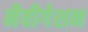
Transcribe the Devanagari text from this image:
नैवीगेशन